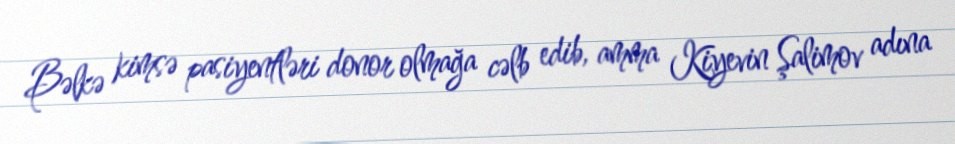
Bəlkə kimsə pasiyentləri donor olmağa cəlb edib, amma Kiyevin Şalimov adına